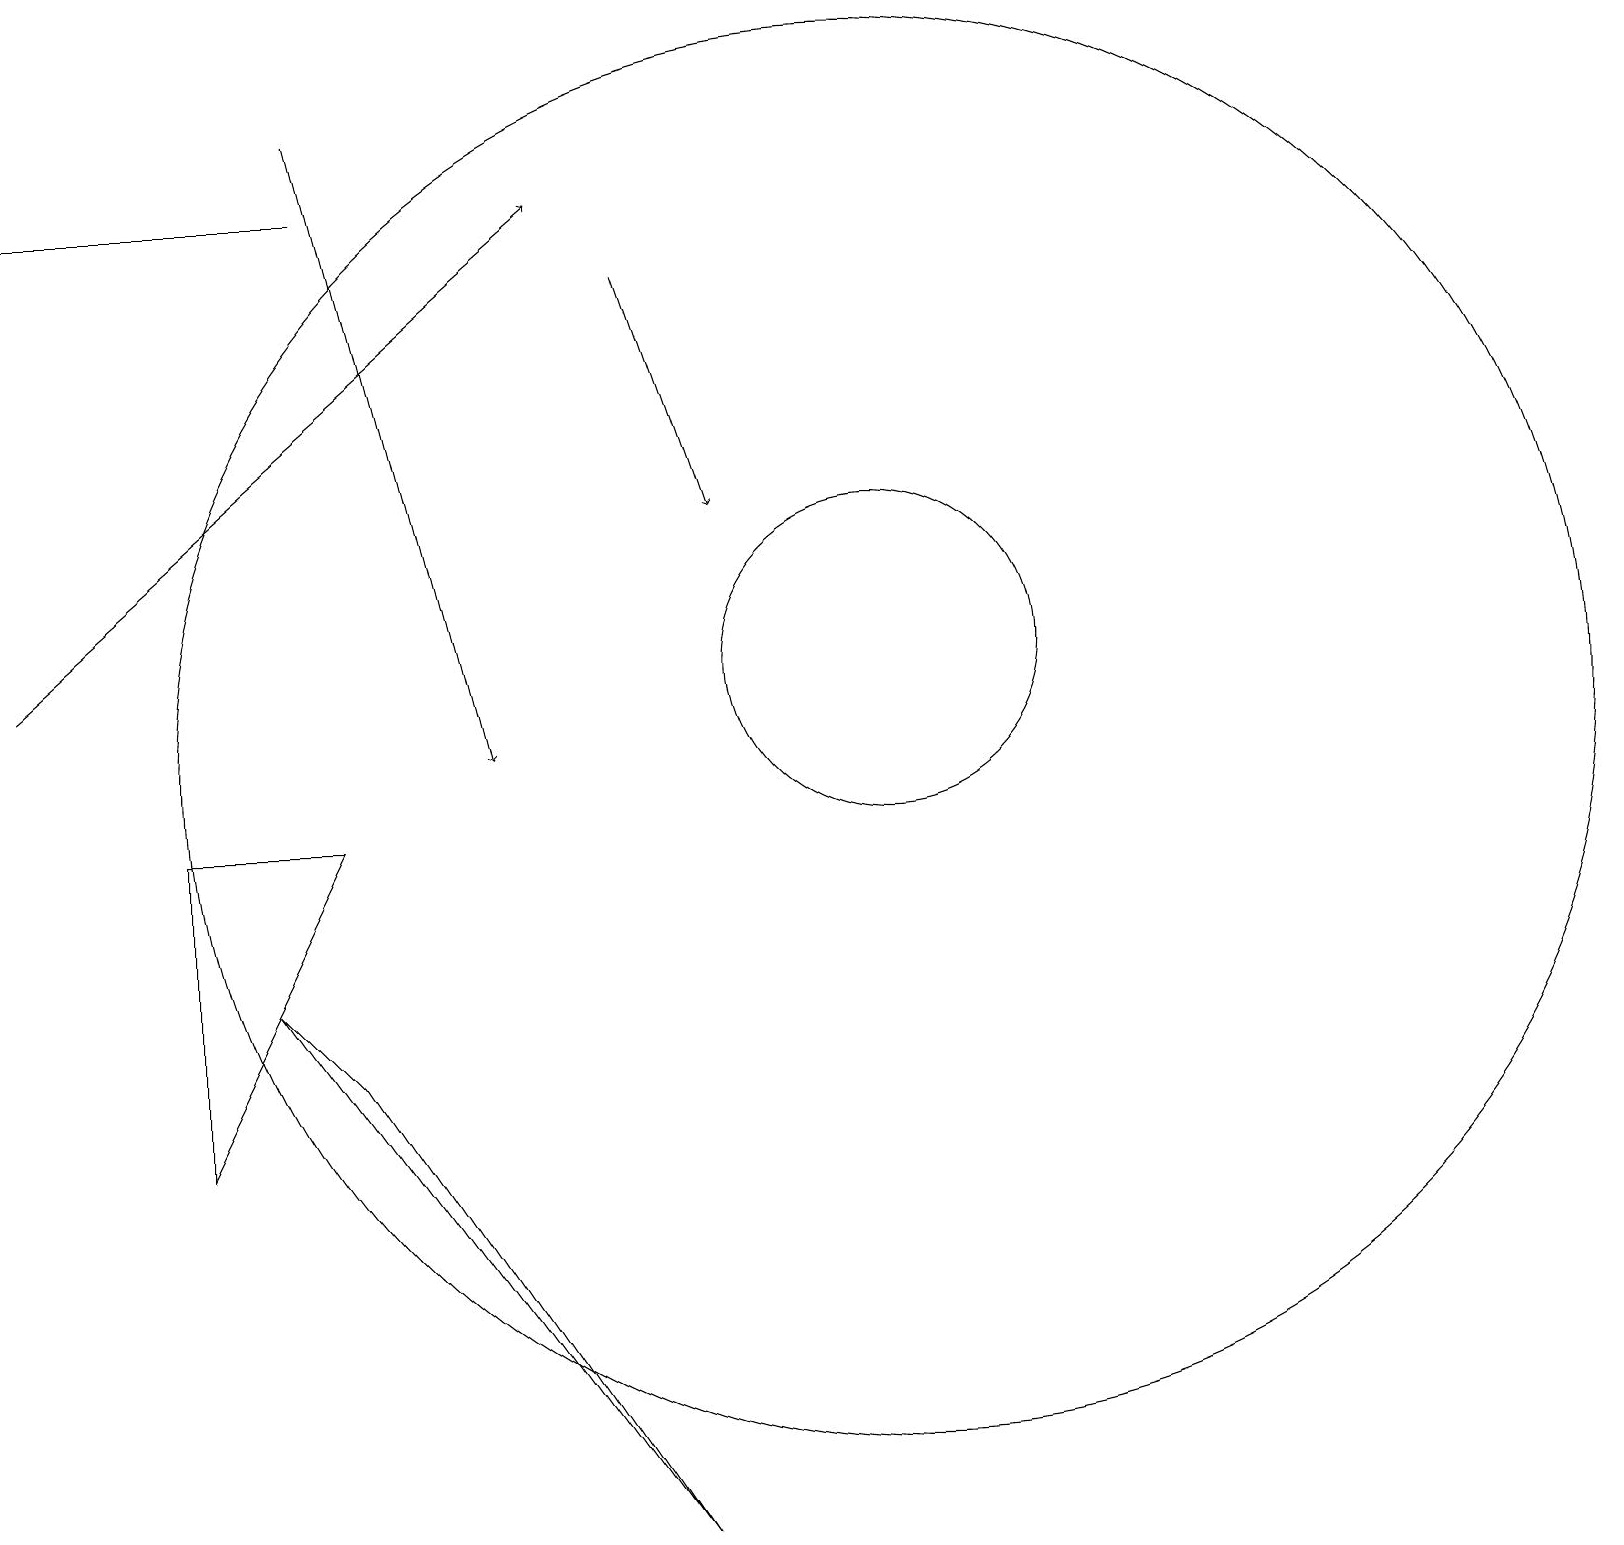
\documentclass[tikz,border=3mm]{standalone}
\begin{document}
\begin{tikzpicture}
\draw (11,10) circle (9);
\draw (2,9) -- (4,9) -- (2,5) -- cycle;
\draw[->] (8,16) -- (9,13);
\draw (0,17) rectangle (4,17);
\draw[->] (0,11) -- (7,17);
\draw[->] (4,18) -- (6,10);
\draw (11,11) circle (2);
\draw (3,7) -- (4,6) -- (8,0) -- cycle;
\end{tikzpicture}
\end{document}